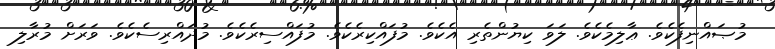
މުޞައްނިފެކެވެ. ޢާލިމެކެވެ. ލަވަ ކިޔުންތެރި އެކެވެ. މުފައްކިރެކެވެ. މުފައްސިރެކެވެ. މުދައްރިސެކެވެ. ވަރަށް މުރާލި